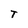
Character: T